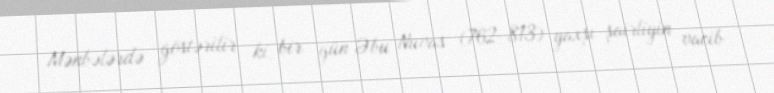
Mənbələrdə göstərilir ki, bir gün Əbu Nuvas (762–813) yaxşı şairliyin vacib